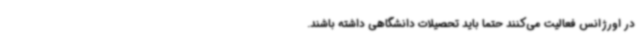
در اورژانس فعالیت می‌کنند حتما باید تحصیلات دانشگاهی داشته باشند.